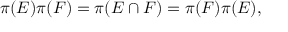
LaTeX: \pi ( E ) \pi ( F ) = \pi ( E \cap F ) = \pi ( F ) \pi ( E ) ,